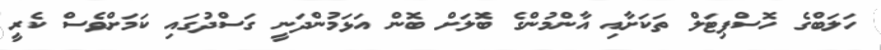
ހަލަބްގެ ހޮސްޕިޓަލް ތަކަށާއި އާންމުންގެ ބޮލަށް ބޮން އަޅަމުންދަނީ ގަސްދުގައި ކަމަށްވެސް ކެރީ